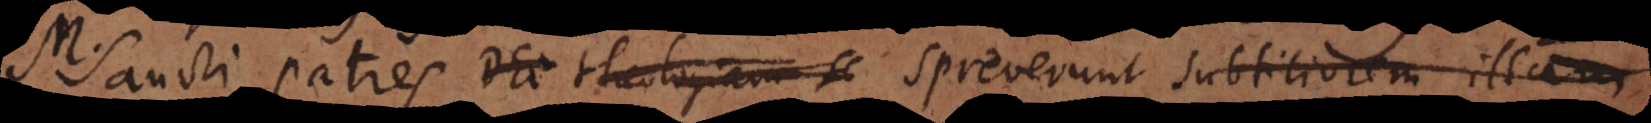
Sancti patres Dei theologiam s spreverunt subtiliorem